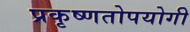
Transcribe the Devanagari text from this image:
प्रकृष्णतोपयोगी